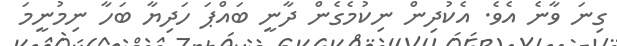
ގިނަ ވާނެ އެވެ. އެކުދިން ނިކުމެގެން ދާނީ ބައްޕަ ހަދިޔާ ބަހާ ނިމުނީމަ